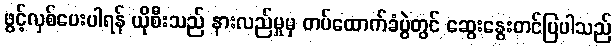
ဖွင့်လှစ်ပေးပါရန် ယိုစီးသည် နားလည်မှုမှ တပ်ထောက်ခံပွဲတွင် ဆွေးနွေးတင်ပြပါသည်